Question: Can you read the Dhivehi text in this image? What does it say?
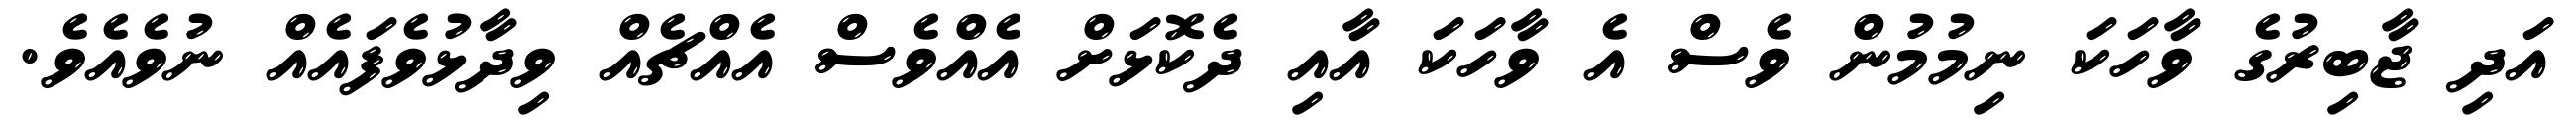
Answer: އަދި ޖާބިރުގެ ވާހަކަ ނިމުމުން ވެސް އެ ވާހަކަ އާއި ދެކޮޅަށް އެއްވެސް އެއްޗެއް ވިދާޅުވެފައެއް ނުވެއެވެ.